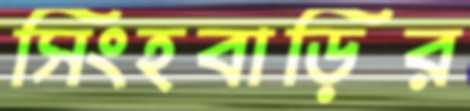
সিংহবাড়ির